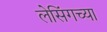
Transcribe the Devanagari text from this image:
लेसिंगच्या